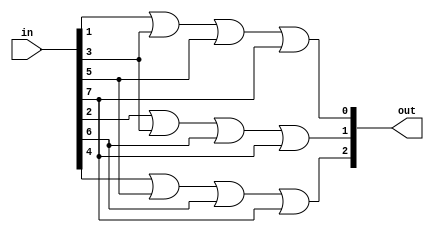
module encoder_8to3_PROJECT_ID(
    input [7:0] in,
    output [2:0] out
);

assign out[0] = in[1] | in[3] | in[5] | in[7];
assign out[1] = in[2] | in[3] | in[6] | in[7];
assign out[2] = in[4] | in[5] | in[6] | in[7];
endmodule